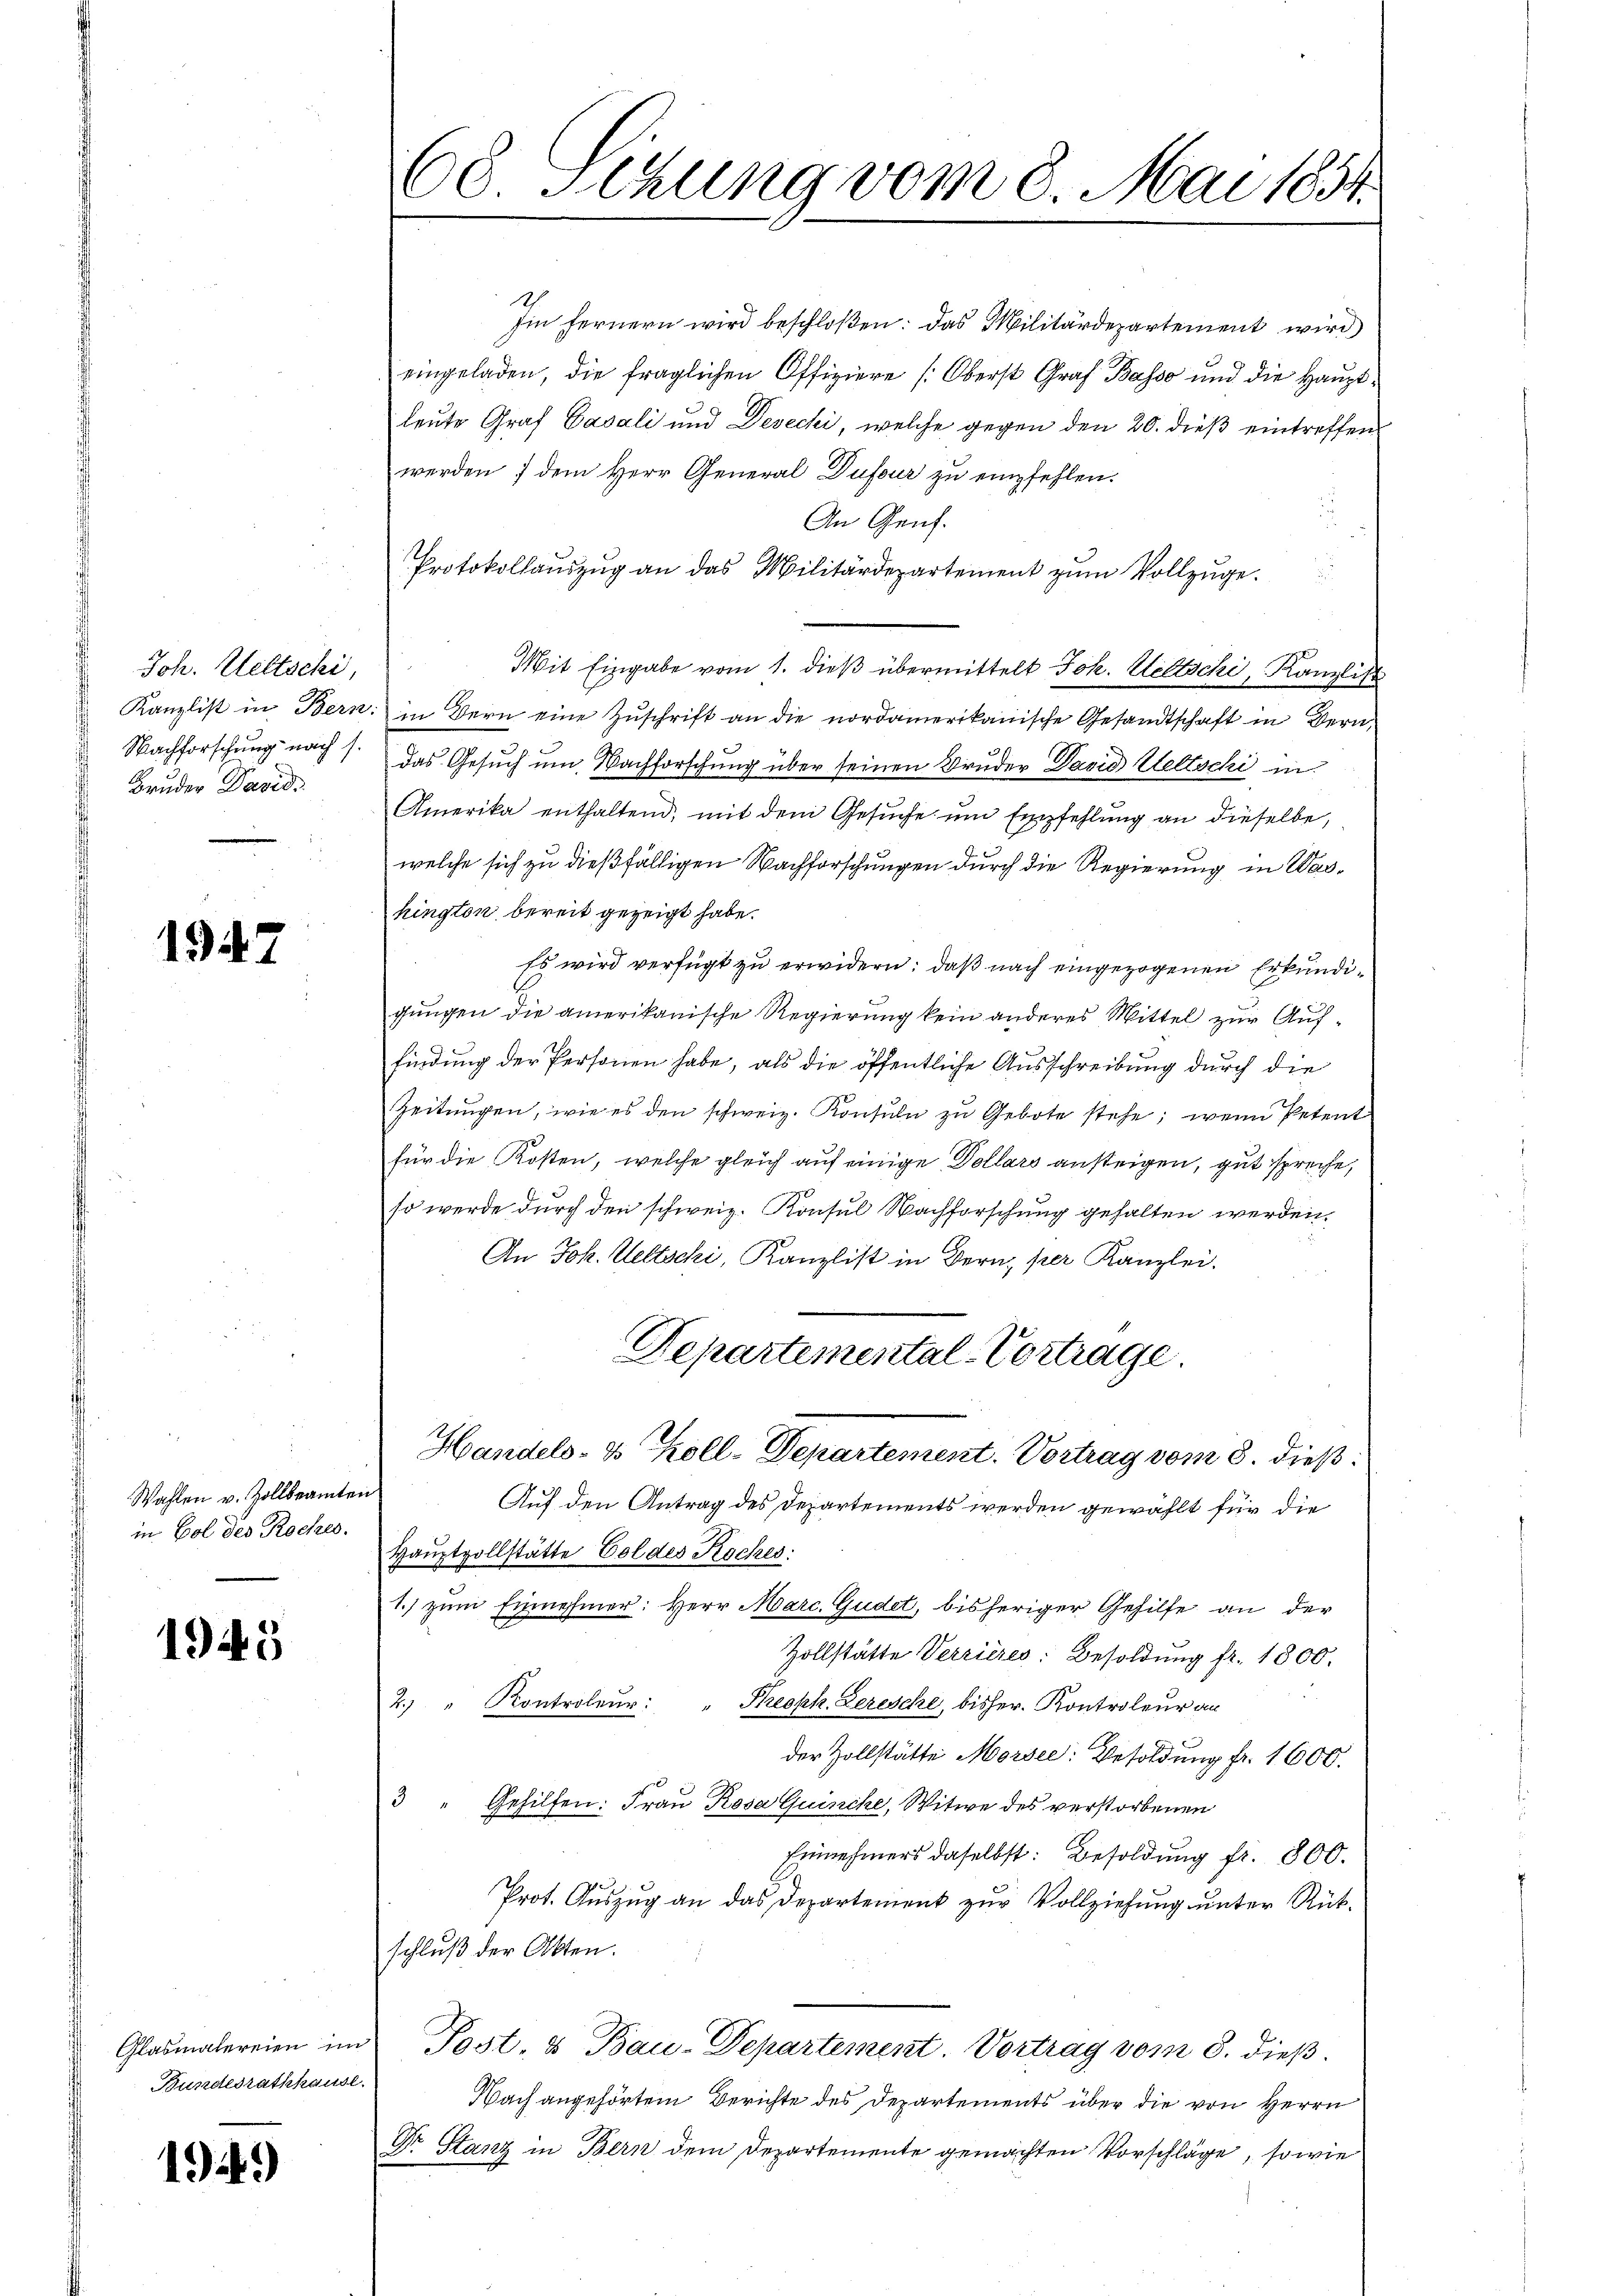
Joh. Weltschi,
Kanzlist in Bern
Nachforschung nach s.
Bruder David

1947

Wahlen v. Zollbeamte
in Gol des Roches.

1945

Glasmalereien im
Bundesrathhause.

194)

60 Sitzung vom 8. Mai 1854.

Im fernern wird beschloßen: das Militärdepartement wird
eingeladen, die fraglichen Offiziere [Oberst Graf Basso und die Hauptleute Graf Basali und Desecki, welche gegen den 20. dieß eintreffen
werden; dem Herr General Dufour zu empfehlen.
An Genf.
Protokollauszug an das Militärdepartement zum Vollzuge¬
Mit Eingabe vom 1. dieß übermittelt Joh. Wettschi, Kanzlist
in Bern eine Zuschrift an die nordamerikanische Gesandtschaft in Berudas Gesuch um Nachforschung über seinen Bruder David Wettschi in
Amerika enthaltend, mit dem Gesuche um Empfehlung an dieselbe,
welche sich zu dießfälligen Nachforschungen durch die Regierung in Washington bereit gezeigt habe.
Es wird verfügt zu erwidern: daß nach eingezogenen Erkundigungen die amerikanische Regierung kein anderes Mittel zur Auffindung der Personen habe, als die öffentliche Ausschreibung durch die
Zeitungen, wie es den schweiz. Konsuln zu Gebote stehe; wenn Petent
für die Kosten, welche gleich auf einige Dollars ansteigen, gut spreche,
so werde durch den schweiz. Konsul Nachforschung gehalten werden,
An Joh. Weltschi, Kanzlist in Bern, per Kanzlei.
Departemental-Vortrage
Handels- & Koll-Departement. Vortrag vom 8. dieß:
Auf den Antrag des Departements werden gewählt für die
Hauptvollstätte Goldes Koches:
1.) zum Einnehmer: Herr Marc. Gudet, bisheriger Gehilfe an der
Zollstätte Verrieres: Besoldŭng fr. 1800.
N 2
2. " Kontroleur:
Rreoph. Lerische, bisher. Kontroleur an
der Zollstätte Morsee: Besoldung fr. 1600.
3 " Gehilfen: Frau Rosa Quinche, Witwe des verstorbenen
Einnehmers daselbst: Besoldung fr. 800.
Prot. Auszug an das Departement zur Vollziehung unter Rükschluß der Akten.
Post. & Bau-Departement. Vortrag vom 8. dieß.
Nach angehörtem Berichte des Departements über die von Herrn
Dr. Stanz in Bern dem Departemente gemachten Vorschläge, sowie